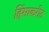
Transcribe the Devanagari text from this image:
हिंसाकरीत